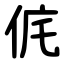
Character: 侂